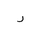
Letter: _ra